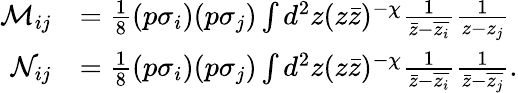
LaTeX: \begin{array}{rl}{\mathcal M_{ij}}&{=\frac{1}{8}(p\sigma_{i})(p\sigma_{j})\int d^{2}z(z\bar{z})^{-\chi}\frac{1}{\bar{z}-\overline{{z_{i}}}}\frac{1}{z-z_{j}}}\\ {\mathcal N_{ij}}&{=\frac{1}{8}(p\sigma_{i})(p\sigma_{j})\int d^{2}z(z\bar{z})^{-\chi}\frac{1}{\bar{z}-\overline{{z_{i}}}}\frac{1}{\bar{z}-\overline{{z_{j}}}}.}\end{array}